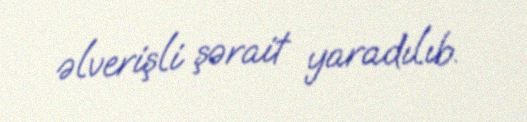
əlverişli şərait yaradılıb.